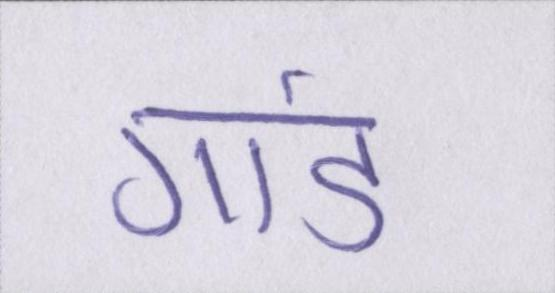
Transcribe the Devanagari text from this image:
गांड़